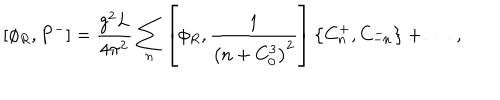
[ \phi _ { R } , P ^ { - } ] = { \frac { g ^ { 2 } L } { 4 \pi ^ { 2 } } } \sum _ { n } \left[ \phi _ { R } , { \frac { 1 } { \left( n + C _ { 0 } ^ { 3 } \right) ^ { 2 } } } \right] \left\{ C _ { n } ^ { + } , C _ { - n } ^ { - } \right\} + \dots \; ,